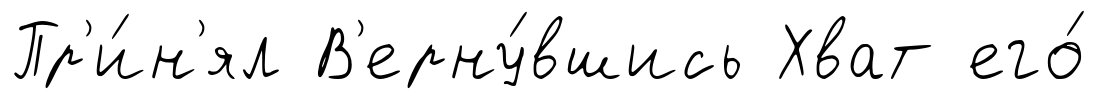
Пр'и́н'ял В'ерну́вшись Хват его́